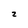
Character: z